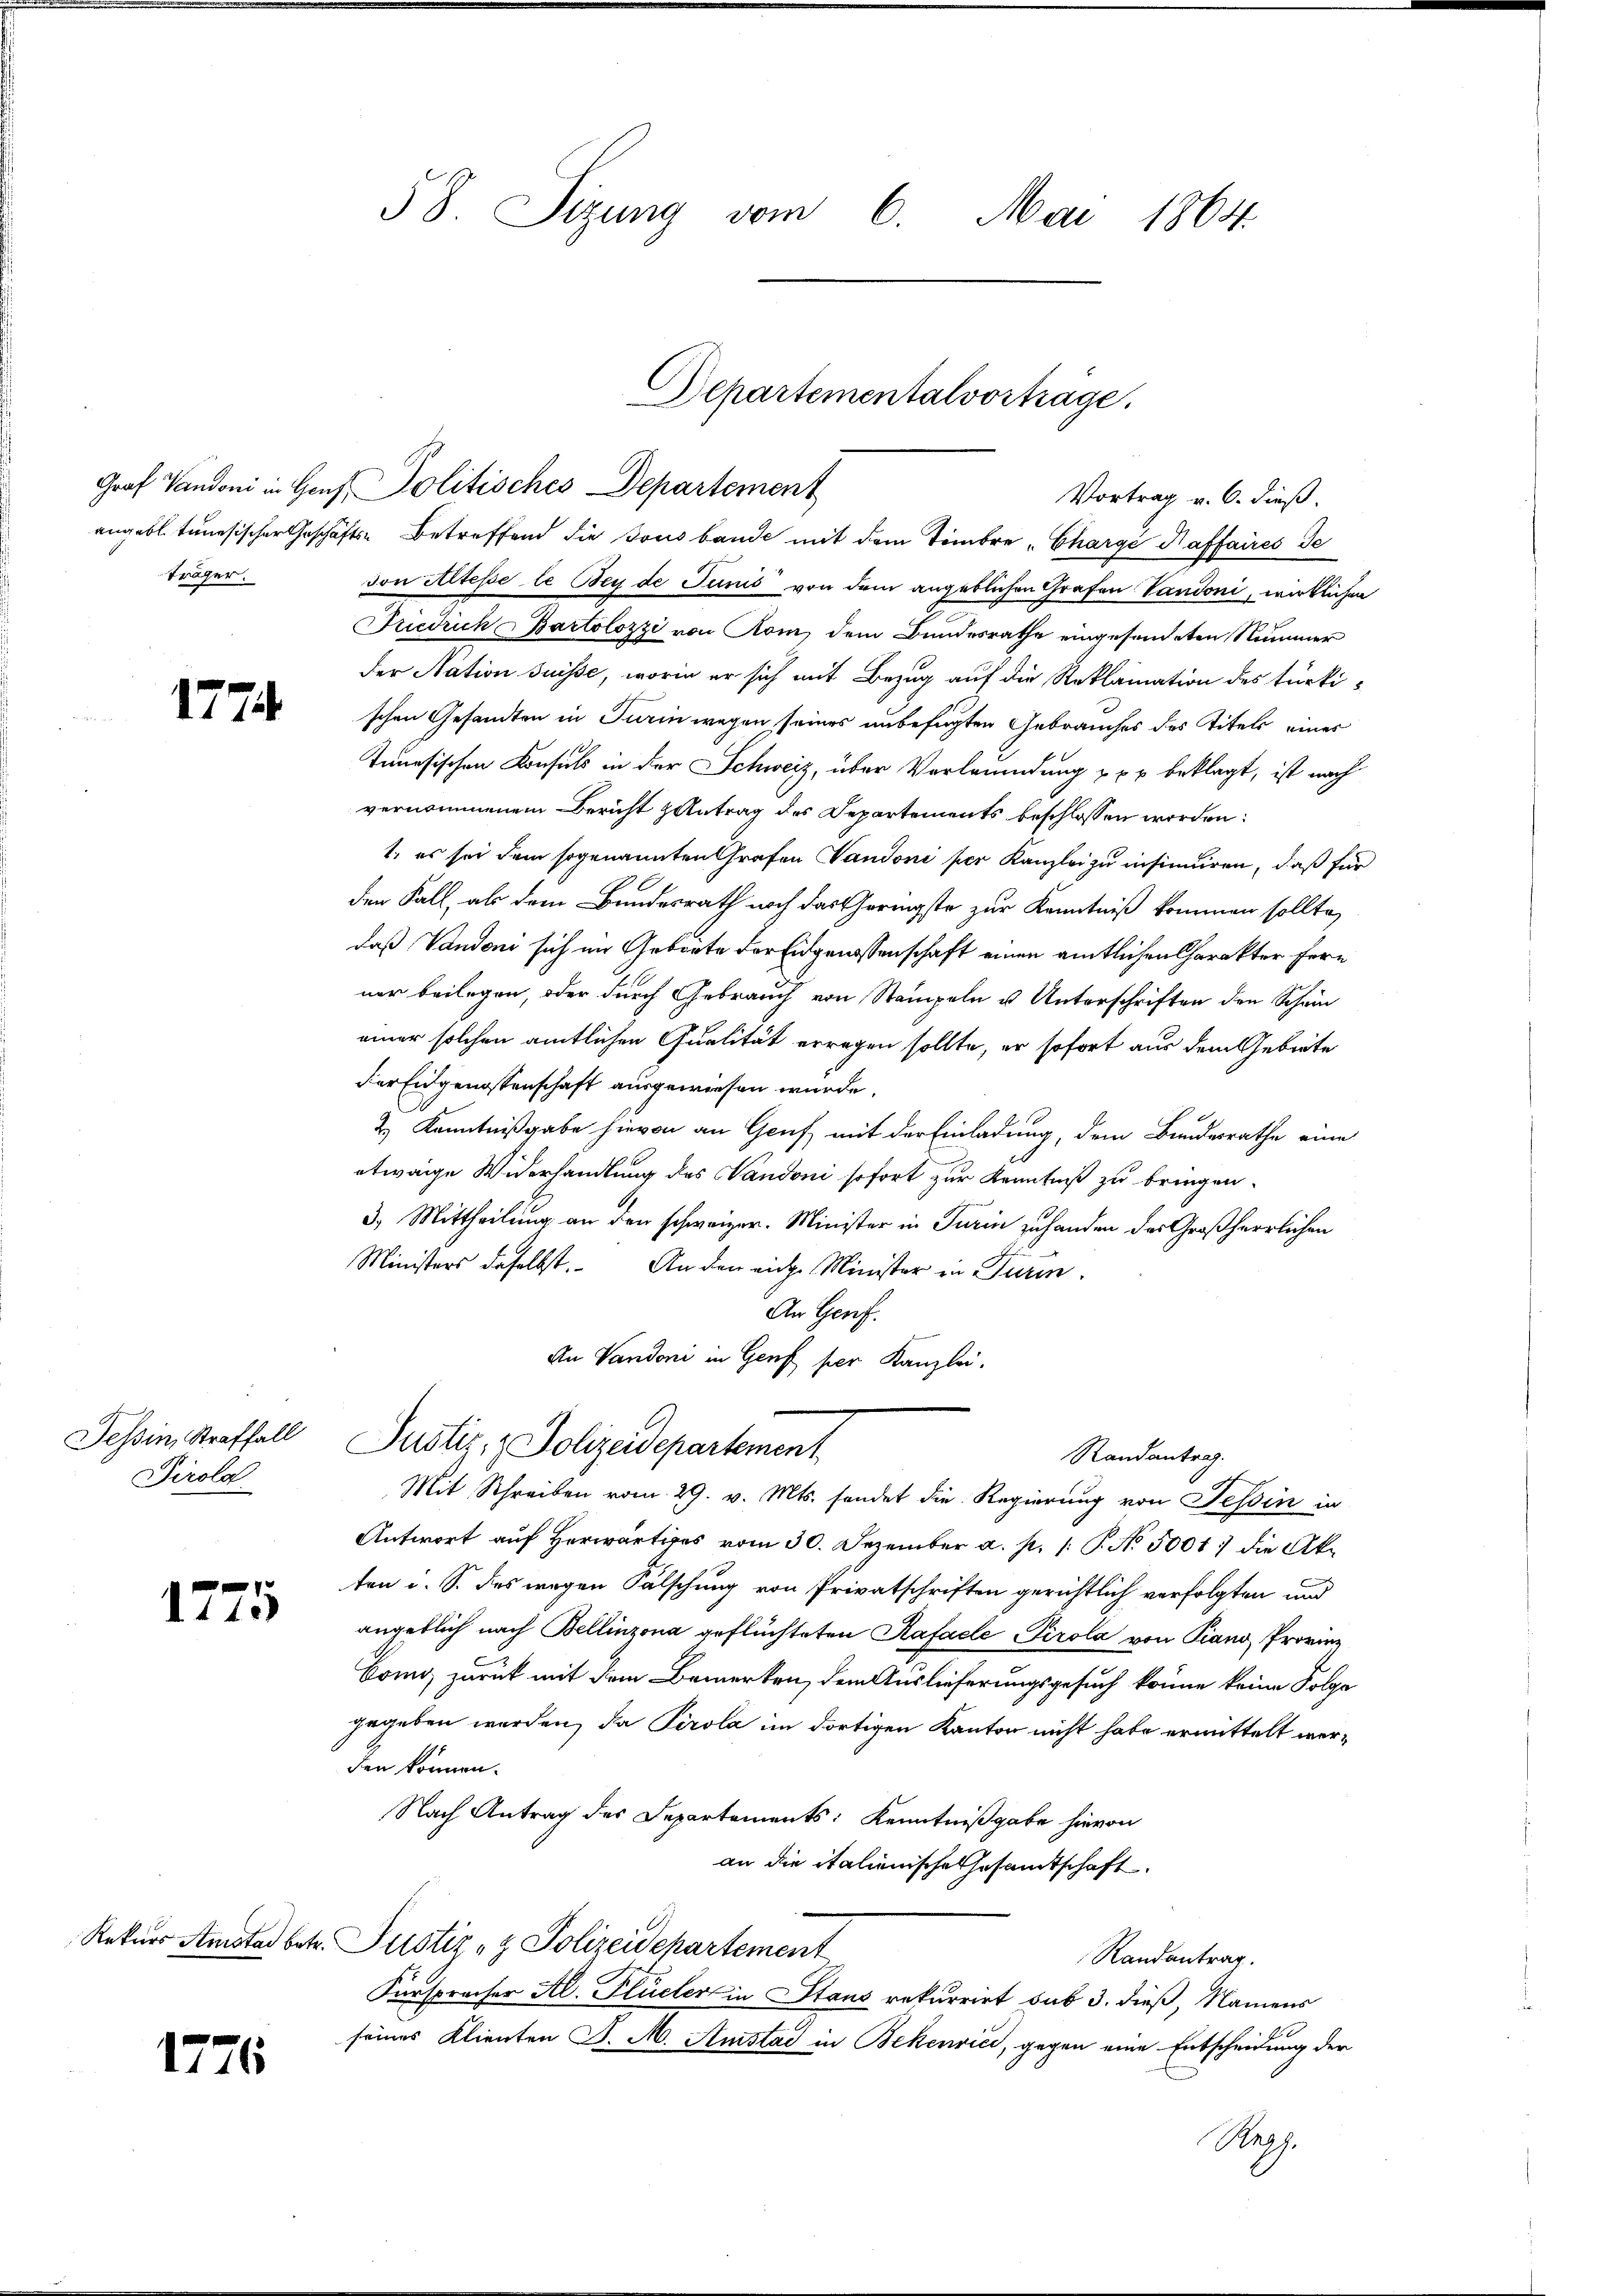
träger.

1774.

Tessin, Straffall
Tirola

.140

1776.

58. Sizung vom 6. Mai 1864.

Graf Vandoni in Genf Politisches Departement
angebl. tunesischer Geschäfts-Betreffend die Tous bande mit dem Tembre „Chargé Kaffaires Je
von Altesse le Bey de Junis von dem angeblichen Grafen Vandoni, wirklichen
Friedrich, Bartolozzi von Rom, dem Bundesrathe eingesendeten Nummer
der Nation suisse, worin er sich mit Bezug auf die Reklamation des türki-
schen Gesandten in Turin wegen seines unbefugten Gebrauches des Titels eines
Ienesischen Konsuls in der Schweiz, über Verleumdung zu beklagt, ist nach
vernommenem Bericht zentrag des Departements beschlossen worden:
t, es sei dem sogenannten Grafen Vandoni per Kanzlei zu insinuiren, daß für
den Fall, als dem Bundesrath noch das Geringste zur Kenntniß kommen sollte,
daß Vandoni sich im Gebiete der Eidgenossenschaft einen amtlichen Charakter fern
ner beilegen, oder durch Gebrauch von Stampeln u. Unterschriften den Schön
einer solchen amtlichen Qualität erregen sollte, er sofort aus dem Gebiete
der Eidgenossenschaft ausgewiesen wurde.
2.) Kenntnißgabe hievon an Genf mit der Einladung, dem Bundesrathe eine
etwaige Widerhandlung des Vandoni sofort zur Kenntniß zu bringen.
3.) Mittheilung an den schweizer. Minister in Turin zuhanden des Großherrlichen
Ministers daselbst. An den eiche Minister in Turin
An Genf.
An Vandoni in Genf per Kanzlei.

Departementalvortrage.
Vortrag u. 6. dieß.

Justiz- & Polizeidepartement
Randantrag.

Mit Schreiben vom 29. v. Mts. sendet die Regierung von Tessin in
Antwort auf herwärtiges vom 30. Dezember a. p. P. Nr. 50017 die Akten i. S. des wegen Fälschung von Privatschriften gerichtlich verfolgten und
angeblich nach Bellinzona geflüchteten Rafacle Tirola von Piano Provin¬
Bomo, zurück mit dem Bemerken, dem Auslieferungsgesuch könne keine Folge
gegeben werden, da Perola im dortigen Kanton nicht habe ermittelt werden können.
Nach Antrag des Departements: Kenntnißgabe hievon
an die italienische Gesamtschaft.
Rekurs Amstad betr. Pustiz- & Polizeidepartement
Randantrag.
Fürspracher Al. Flüeler in Staus rekurrirt sub 3. dieß, Namens
seines Klienten J. M. Amstad in Bekenvići, gegen eine Entscheidung der
Rapp